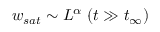
w _ { s a t } \sim L ^ { \alpha } \; ( t \gg t _ { \infty } )